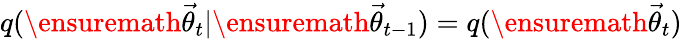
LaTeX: q(\ensuremath{\vec{\theta}}_{t}|\ensuremath{\vec{\theta}}_{t-1})=q(\ensuremath{\vec{\theta}}_{t})